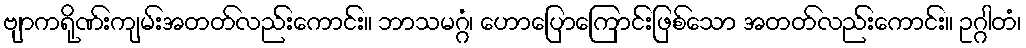
ဗျာကရိုဏ်းကျမ်းအတတ်လည်းကောင်း။ ဘာသမဂ္ဂံ၊ ဟောပြောကြောင်းဖြစ်သော အတတ်လည်းကောင်း။ ဥဂ္ဂါတံ၊